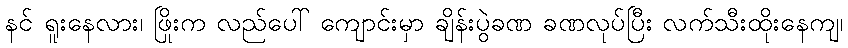
နင် ရူးနေလား၊ ဖြိုးက လည်ပေါ် ကျောင်းမှာ ချိန်းပွဲခဏ ခဏလုပ်ပြီး လက်သီးထိုးနေကျ၊